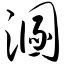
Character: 溷